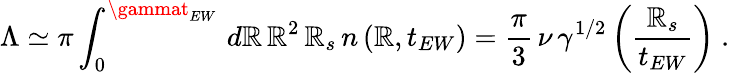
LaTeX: \Lambda\simeq\pi\int_{0}^{\gammat_{EW}}\, d\mathbb{R}\, \mathbb{R}^{2}\, \mathbb{R}_{s}\, n\left(\mathbb{R},t_{EW}\right)=\frac{{\pi}}{{3}}\, \nu\, \gamma^{1/2}\left(\frac{{\mathbb{R}_{s}}}{{t_{EW}}}\right)\ .